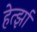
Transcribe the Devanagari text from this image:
हेर्त्झा